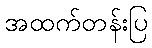
အထက်တန်းပြ